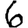
Digit: 6